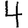
Digit: 4